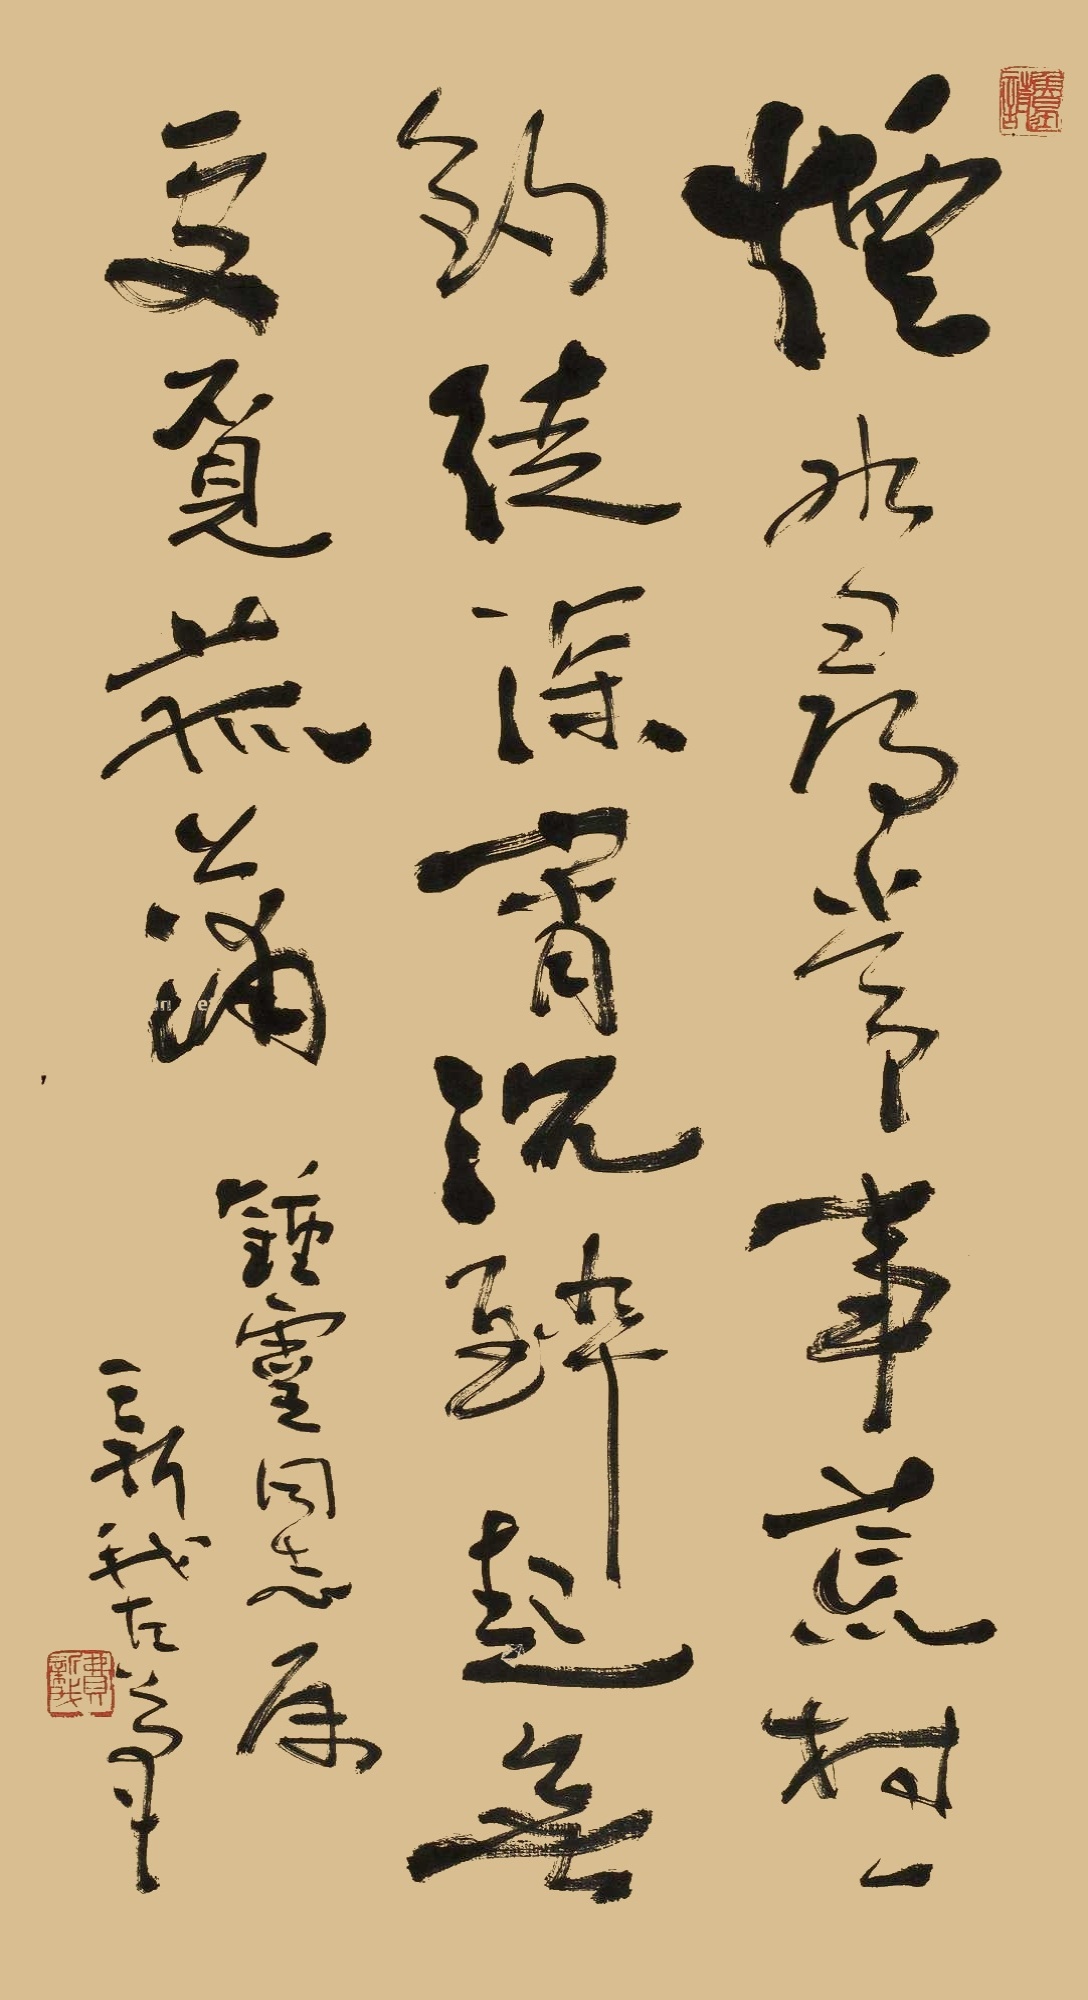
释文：烟水寻常事，荒村一钓徒。深宵沉醉起，无处觅菰蒲。钟灵同志属，新我左笔。